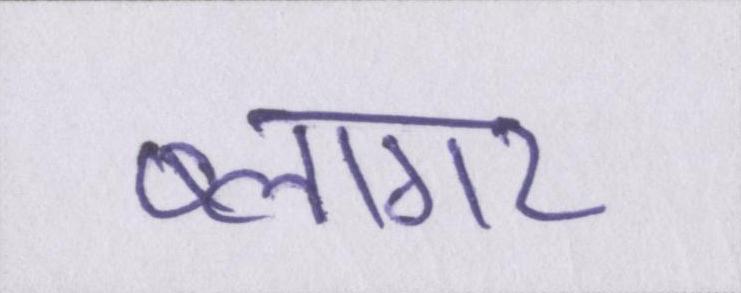
ब्लागर